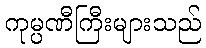
ကုမ္ပဏီကြီးများသည်